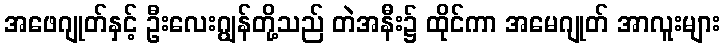
အဖေဂျုတ်နှင့် ဦးလေးဂျွန်တို့သည် တဲအနီး၌ ထိုင်ကာ အမေဂျုတ် အာလူးများ